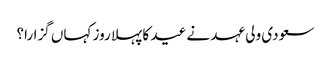
سعودی ولی عہد نے عید کا پہلا روز کہاں گزارا؟